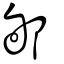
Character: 邭